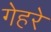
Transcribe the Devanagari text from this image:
गेहरे